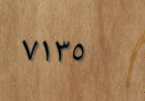
٧١٣٥